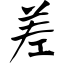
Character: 差